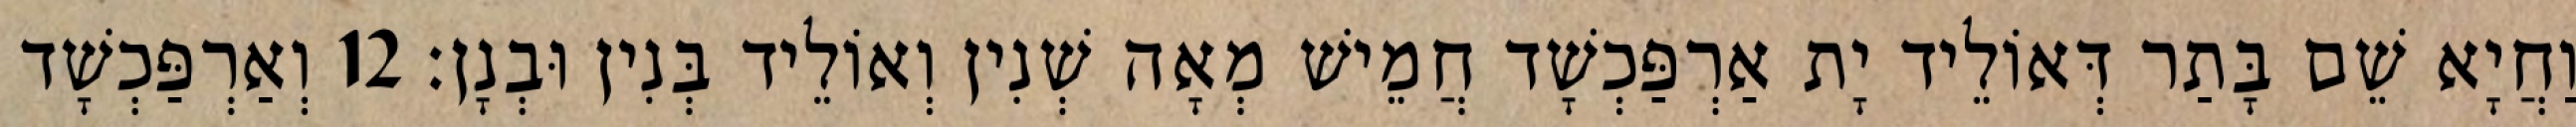
וַחֲיָא שֵׁם בָּתַר דְּאוֹלֵיד יָת אַרְפַּכְשָׁד חֲמֵישׁ מְאָה שְׁנִין וְאוֹלֵיד בְּנִין וּבְנָן׃ 12 וְאַרְפַּכְשָׁד